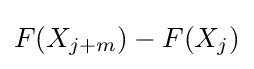
F(X_{j+m})-F(X_{j})